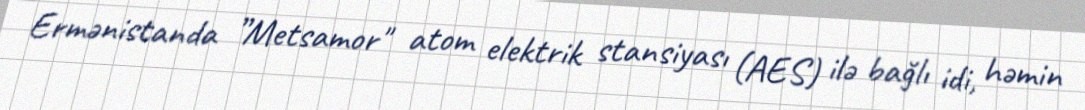
Ermənistanda ”Metsamor" atom elektrik stansiyası (AES) ilə bağlı idi, həmin